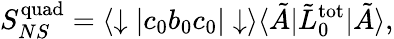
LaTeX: S_{NS}^{\mathrm{quad}}=\langle\downarrow|c_{0}b_{0}c_{0}|\downarrow\rangle\langle\tilde{A}|\tilde{L}_{0}^{\mathrm{tot}}|\tilde{A}\rangle,